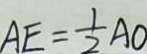
A E = \frac { 1 } { 2 } A O